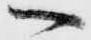
ヘ